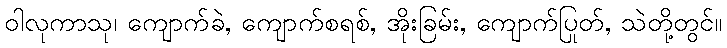
ဝါလုကာသု၊ ကျောက်ခဲ, ကျောက်စရစ်, အိုးခြမ်း, ကျောက်ပြုတ်, သဲတို့တွင်။